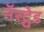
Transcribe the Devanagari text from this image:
नॅस्ट्वेड